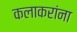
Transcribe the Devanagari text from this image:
कलाकरांना